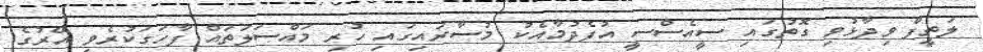
ލަތީފް ވިދާޅުވި ގޮތުގައި ސީއެސްސީ އުފެދުމާއެކު މުސާރައިގައި ހުރި މައްސަލަތައް ފާހަގަކުރެވި އޭރުގެ